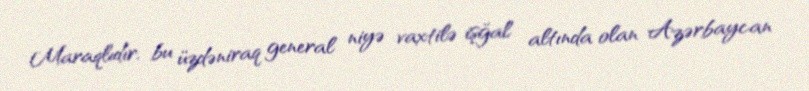
Maraqlıdır, bu üzdəniraq general niyə vaxtilə işğal altında olan Azərbaycan